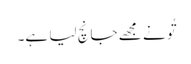
تُو نے مجھے جانچ لیا ہے۔